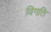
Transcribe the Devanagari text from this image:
विगति